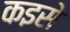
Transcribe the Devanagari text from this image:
कइसे